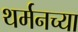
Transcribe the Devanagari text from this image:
थर्मनच्या